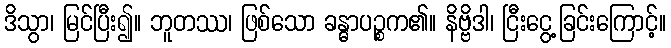
ဒိသွာ၊ မြင်ပြီး၍။ ဘူတဿ၊ ဖြစ်သော ခန္ဓာပဉ္စက၏။ နိဗ္ဗိဒါ၊ ငြီးငွေ့ခြင်းကြောင့်။